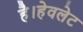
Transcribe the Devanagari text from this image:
है।हेवलेट